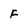
Character: F